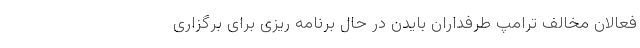
فعالان مخالف ترامپ طرفداران بایدن در حال برنامه ریزی برای برگزاری